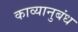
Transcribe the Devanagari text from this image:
काव्यानुबंध